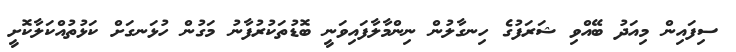
ސިފައިން މިއަދު ބޭއްވި ޝަރަފުގެ ހިނގާލުން ނިންމާލާފައިވަނީ ބޮޑުތަކުރުފާނު މަގުން ހުޅަނގަށް ކަޅުތުއްކަލާކޮށީ